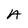
Character: A